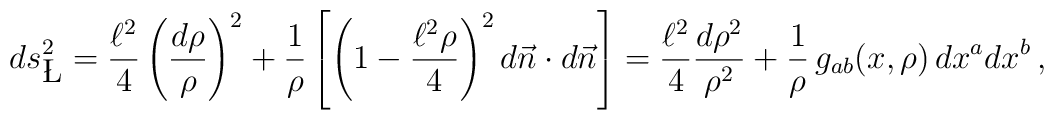
ds^2_{\L} = {\ell^2\over 4} \left({d\rho\over \rho}\right)^2 +{1\over \rho }\left[\left(1- {\ell^2\rho\over 4}\right)^2 d\vec n\cdot d\vec n\right] = {\ell^2\over 4} {d\rho^2\over \rho^2} + {1\over \rho}\,g_{ab}(x,\rho)\,dx^a dx^b\,,